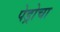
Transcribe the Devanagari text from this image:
पेड्रोचा